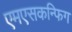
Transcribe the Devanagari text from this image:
एमएसकन्फिग